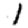
Digit: 1